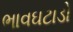
ભાવઘટાડો